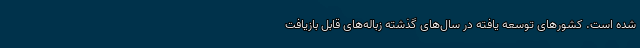
شده است. کشورهای توسعه یافته در سال‌های گذشته زباله‌های قابل بازیافت